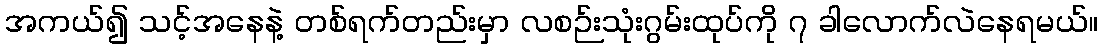
အကယ်၍ သင့်အနေနဲ့ တစ်ရက်တည်းမှာ လစဉ်းသုံးဂွမ်းထုပ်ကို ၇ ခါလောက်လဲနေရမယ်။